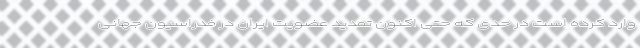
وارد کرده است در حدی که حتی اکنون تمدید عضویت ایران در فدراسیون جهانی